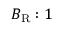
B _ { \mathrm { R } } : 1